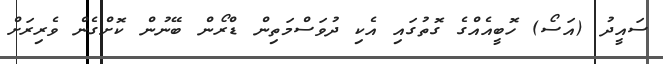
ސައީދު (އަސޯ) ހޮބީއެއްގެ ގޮތުގައި އެކި ދުވަސްމަތިން ޑްރޯން ބޭނުން ކޮށްގެން ވެރިރަށް